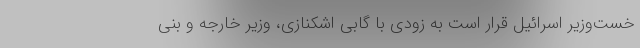
خست‌وزیر اسرائیل قرار است به زودی با گابی اشکنازی، وزیر خارجه و بنی